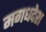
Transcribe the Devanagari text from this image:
मगधदेश